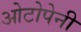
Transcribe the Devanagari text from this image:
ओटोपेनी